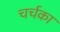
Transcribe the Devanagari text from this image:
चर्चका